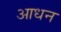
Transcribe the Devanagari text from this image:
आधन